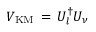
V _ { \mathrm { K M } } \, = \, U _ { l } ^ { \dagger } U _ { \nu }